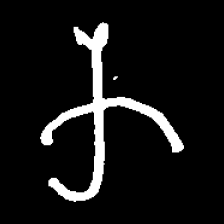
Pyu character \u2014 Myanmar letter: က (romanized: ka)